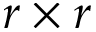
r \times r